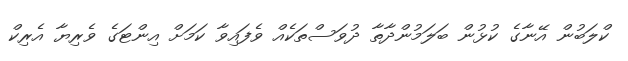
ކްލަބުން އޭނާގެ ކުޅުން ބަލަމުންދާތާ ދުވަސްތަކެއް ވެފައިވާ ކަމަށް އިންޓަގެ ވެރިޔާ އެރިކް